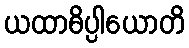
ယထာဓိပ္ပါယောတိ